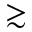
\gtrsim